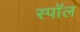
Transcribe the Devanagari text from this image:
स्पॉल